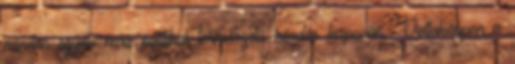
minden egyéb más politikai természetű kérdés kapcsán. Voltaképpen a